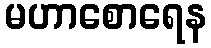
မဟာစောရေန